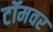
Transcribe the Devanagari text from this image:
टॉमवर